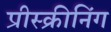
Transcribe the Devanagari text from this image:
प्रीस्क्रीनिंग